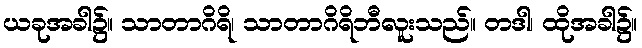
ယခုအခါ၌။ သာတာဂိရိ၊ သာတာဂိရိဘီလူးသည်။ တဒါ၊ ထိုအခါ၌။